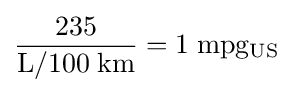
{\frac {235}{\rm {L/100\;km}}}={\rm {1\;mpg_{US}}}